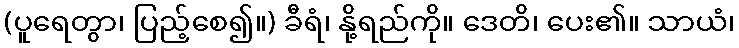
(ပူရေတွာ၊ ပြည့်စေ၍။) ခီရံ၊ နို့ရည်ကို။ ဒေတိ၊ ပေး၏။ သာယံ၊